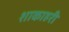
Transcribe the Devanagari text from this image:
शाकाहरी